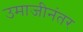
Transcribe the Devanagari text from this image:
उमाजीनंतर